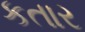
કતાર